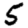
Digit: 5